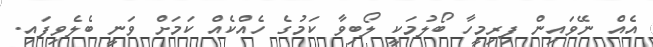
އެއް ނޭވައިން ފިރިމީހާ ބޯލުމަކީ ލޯބިވާ ކަމުގެ ހެއްކެއް ކަމަށް ވަނީ ބެލެވިފައި.